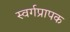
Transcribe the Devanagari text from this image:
स्वर्गप्रापक